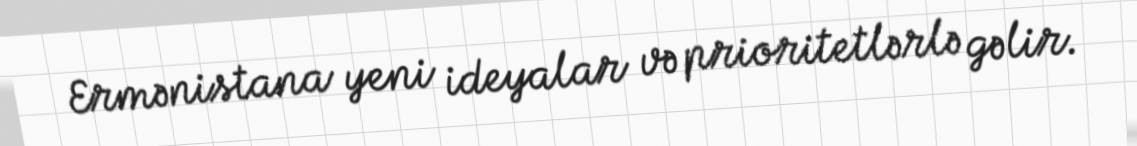
Ermənistana yeni ideyalar və prioritetlərlə gəlir.